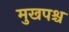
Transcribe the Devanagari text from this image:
मुखपश्च